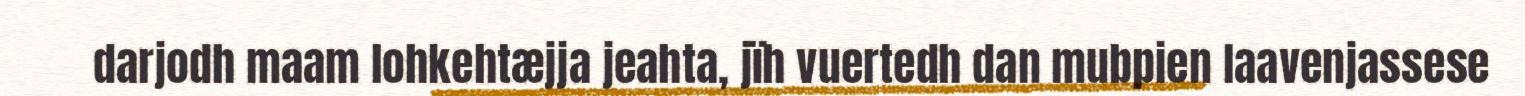
darjodh maam lohkehtæjja jeahta, jïh vuertedh dan mubpien laavenjassese